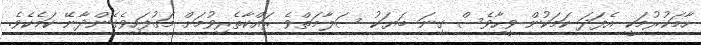
ހާމަކުރުމަކީ އެފަދަ ކަމަކުން ވީހާވެސް ގިނަ ބަޔަކު ސަލާމަތްވެ ރައްކާތެރިވުމަށް މަގުފަހިވެގެންދާނޭ ކަމެކެވެ.